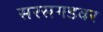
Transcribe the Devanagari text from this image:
सरसगडवर